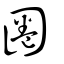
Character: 圈